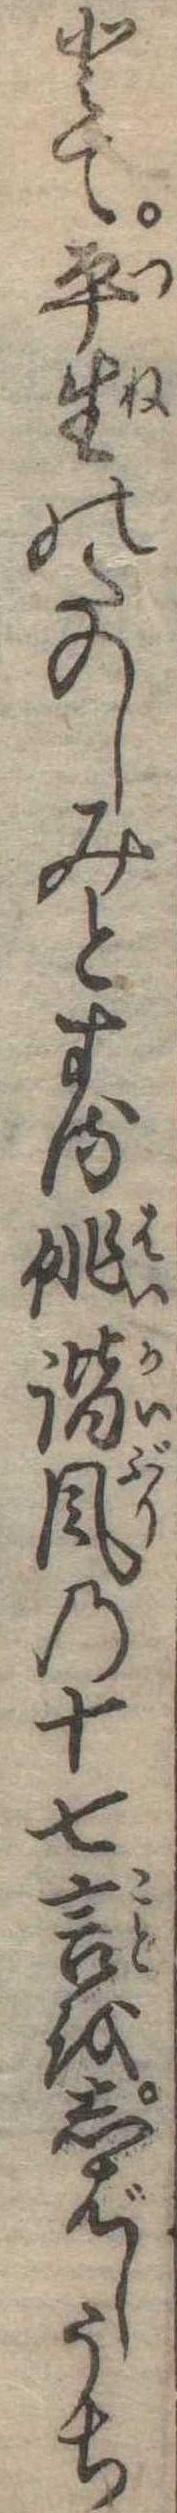
とて平生のたのしみとする俳諧風の十七言をしばしうち